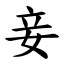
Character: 妾